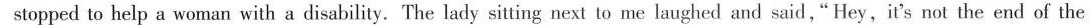
stopped to help a woman with a disability. The lady sitting next to me laughed and said," Hey,it's not the end of the